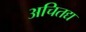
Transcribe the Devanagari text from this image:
अचितद्य